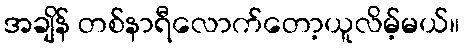
အချိန် တစ်နာရီလောက်တော့ယူလိမ့်မယ်။